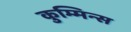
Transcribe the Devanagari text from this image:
कुम्मिन्स